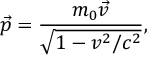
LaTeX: { \vec { p } } = { \frac { m _ { 0 } { \vec { v } } } { \sqrt { 1 - v ^ { 2 } / c ^ { 2 } } } } ,